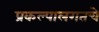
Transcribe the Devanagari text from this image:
प्रकल्पालगतचे